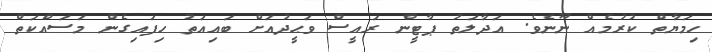
ހިމަޔާތް ކުރުމެއް ނޫނެވެ. އަދާލަތު ޕާޓީން ރައީސް ވަޙީދުއަށް ބައިއަތު ހިފައިގެން މަސައްކަތް